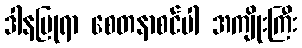
ဒါနပြုရာ စေတနာစင်ပါ အကျိုးကြီး